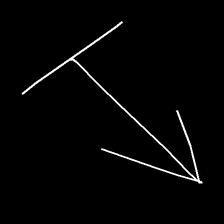
Glyph: levitation